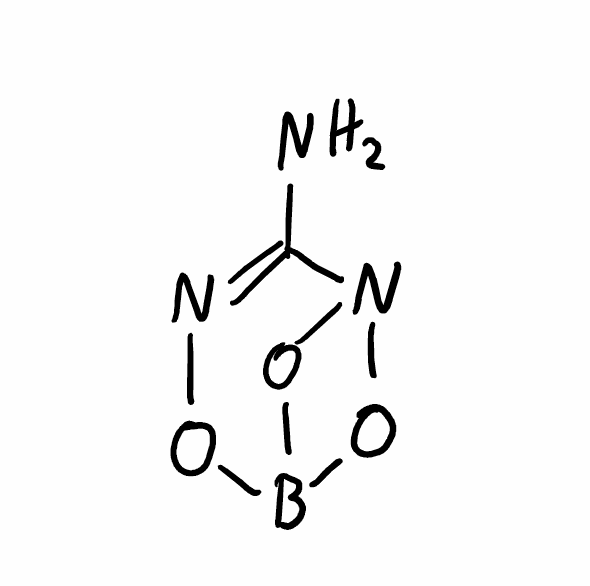
Simplified molecular-input line-entry system (SMILES) notation of the given molecule:
B12ON=C(N(O1)O2)N